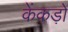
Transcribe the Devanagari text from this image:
केंकड़ों